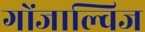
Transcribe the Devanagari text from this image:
गोंजाल्विज